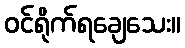
ဝင်ရိုက်ရချေသေး။